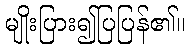
မျိုးပြား၍ပြပြန်၏။